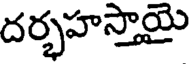
దర్భహస్తాయై